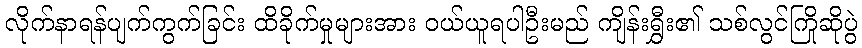
လိုက်နာရန်ပျက်ကွက်ခြင်း ထိခိုက်မှုများအား ဝယ်ယူရပါဦးမည် ကျိန်းရွှီး၏ သစ်လွင်ကြိုဆိုပွဲ